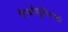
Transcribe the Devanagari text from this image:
गैरवर्तणुकीसाठी